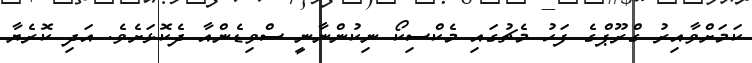
ކަމަށްވާއިރު ގްރޫޕްގެ ފަހު މެޗުގައި މެކްސިކޯ ނިކުންނާނީ ސްވިޑެންއާ ދެކޮޅަށެވެ. އަދި ކޮރެޔާ